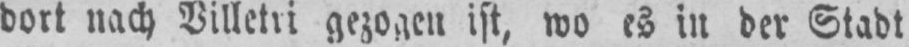
dort nach Villetri gezogen ist, wo es in der Stadt